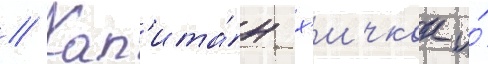
// Кап'ита́н х'ичкок и́